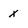
Character: x